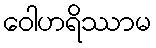
ဝေါဟရိဿာမ